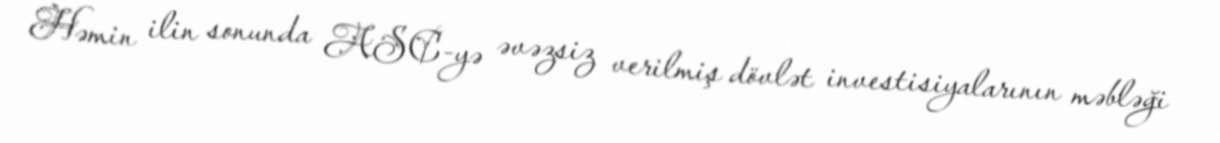
Həmin ilin sonunda ASC-yə əvəzsiz verilmiş dövlət investisiyalarının məbləği